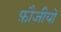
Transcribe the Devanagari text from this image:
फ़ौजीयों